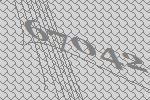
67042